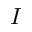
I